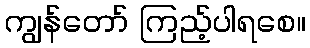
ကျွန်တော် ကြည့်ပါရစေ။